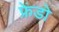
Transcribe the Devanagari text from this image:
फ्रेंडो